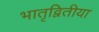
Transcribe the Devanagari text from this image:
भातृद्वितीया